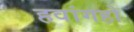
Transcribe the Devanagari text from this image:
हवांगहो